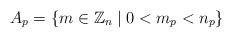
LaTeX: \begin{gather*}A_p = \left\{m\in\mathbb{Z}_n\mathrel| 0<m_p<n_p \right\}\end{gather*}